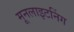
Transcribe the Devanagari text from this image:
मूनलाइटनिंग